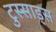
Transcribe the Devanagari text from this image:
टुस्साड्स